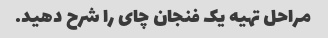
مراحل تهیه یک فنجان چای را شرح دهید.